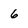
Character: 6